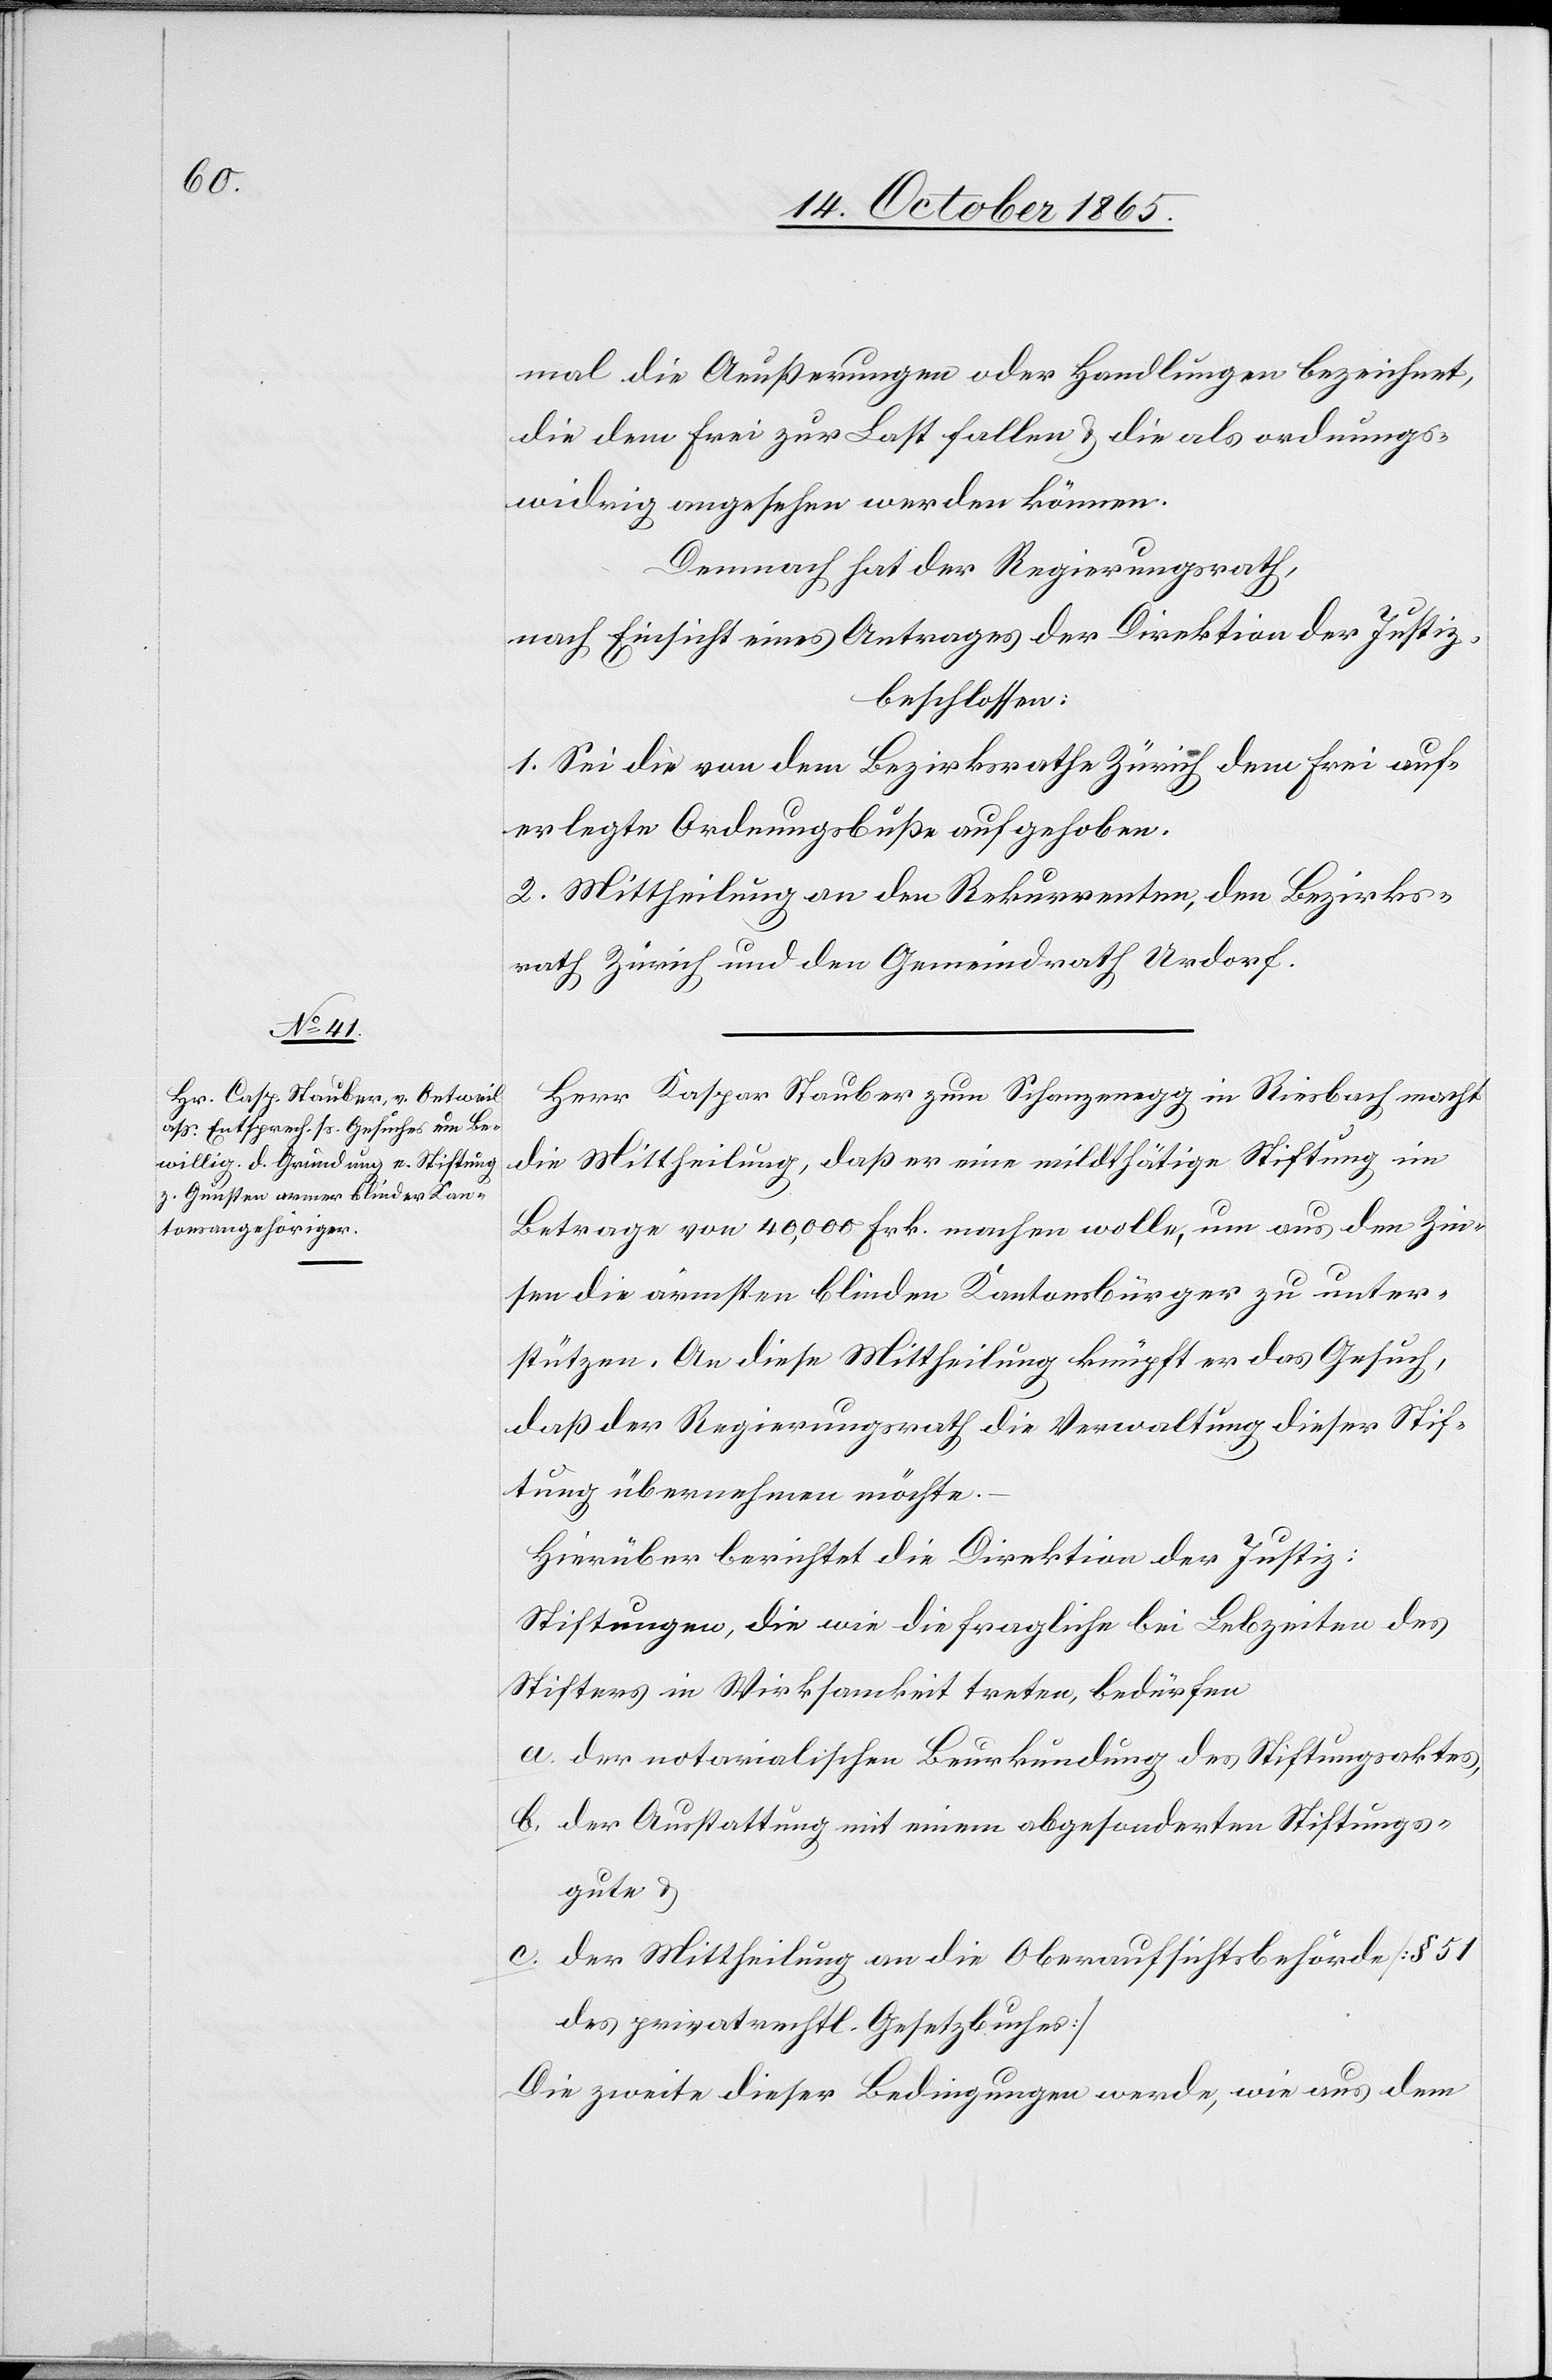
mal die Aeußerungen oder Handlungen bezeichnet,
die dem Frei zur Last fallen & die als ordnungs¬
widrig angesehen werden können.
Demnach hat der Regierungsrath,
nach Einsicht eines Antrages der Direktion der Justiz,
beschlossen:
1. Sei die von dem Bezirksrathe Zürich dem Frei auf¬
erlegte Ordnungsbuße aufgehoben.
2. Mittheilung an den Rekurrenten, den Bezirks¬
rath Zürich und den Gemeindrath Urdorf.
Herr Kaspar [sic!] Stauber zum Schanzenegg in Riesbach macht
die Mittheilung, daß er eine mildthätige Stiftung im
Betrage von 40,000 Frk. machen wolle, um aus den Zin¬
sen die ärmsten blinden Kantonsbürger zu unter¬
stützen. An diese Mittheilung knüpft er das Gesuch,
daß der Regierungsrath die Verwaltung dieser Stif¬
tung übernehmen möchte.
Hierüber berichtet die Direktion der Justiz:
Stiftungen die wie die fragliche bei Lebzeiten des
Stifters in Wirksamkeit treten, bedürfen
a. der notarialischen Beurkundung des Stiftungsaktes,
b. der Ausstattung mit einem abgesonderten Stiftungs¬
gute &
c. der Mittheilung an die Oberaufsichtsbehörde [§ 51
des privatrechtl. Gesetzbuches]
Die zweite dieser Bedingungen werde, wie aus dem